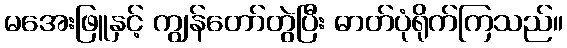
မအေးဖြူနှင့် ကျွန်တော်တွဲပြီး ဓာတ်ပုံရိုက်ကြသည်။